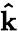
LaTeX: \mathbf{\hat{k}}